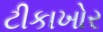
ટીકાખોર